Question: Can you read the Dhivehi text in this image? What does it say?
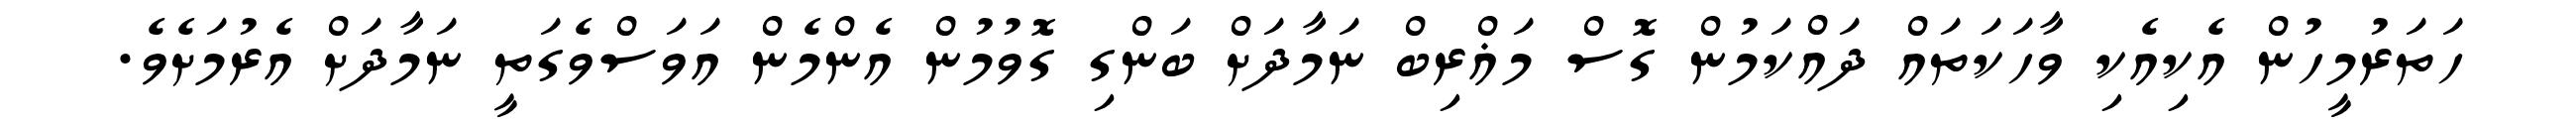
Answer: ހަތަރުމީހުން އެކިއެކި ވާހަކަތައް ދައްކަމުން ގޮސް މަޣްރިބް ނަމާދަށް ބަންގި ގޮވުމުން އެންމެން އަވަސްވެގަތީ ނަމާދަށް އެރުމަށެވެ.